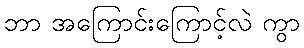
ဘာ အကြောင်းကြောင့်လဲ ကွာ